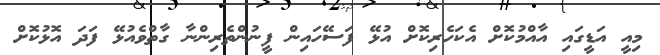
މިއީ އަޑީގައި އާއްމުކޮށް އެކަހެރިކޮށް އުޅޭ ފަސޭހައިން ފީނުންތެރިންނާ ގާތްވެއުޅޭ ފަދަ އޮޅުކޮށް